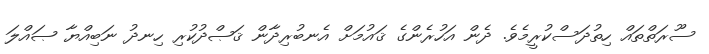
ސޫރަތްތައް ހިތުދަސްކުރީމެވެ. ދެން އަހުރެންގެ ޤައުމަށް އެނބުރިދާން ޤަޞްދުކުރި ހިނދު ނަބިއްޔާ ޞައްލަ